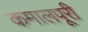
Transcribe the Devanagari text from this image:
कमालपूरी